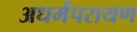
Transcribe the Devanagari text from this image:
अधर्मपरायण